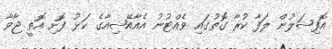
އޮފިޝަލުން ލަފާ ކުރާ ގޮތުގައި ވެއްޓުނު އެއާއޭޝިއާގެ ކަޅު ފޮށި އޮތީ ޖާވާ